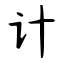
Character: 计